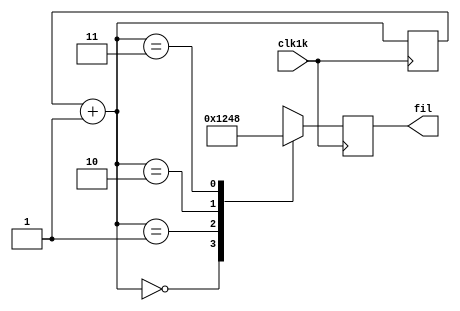
module barrido (clk1k, fil);
input clk1k;
output reg [3:0] fil = 4'b0000;
reg [1:0] selec;

always @(posedge clk1k)begin
selec = selec + 1;
	case(selec)
		2'b00: fil = 4'b0001;
		2'b01: fil = 4'b0010;
		2'b10: fil = 4'b0100;
		2'b11: fil = 4'b1000;
	endcase
end
endmodule